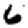
Digit: 6